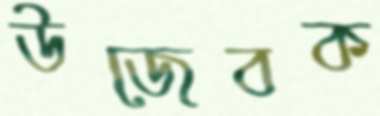
উজেবক